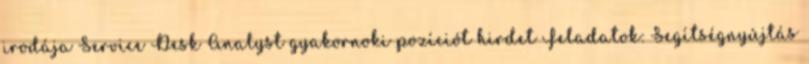
irodája Service Desk Analyst gyakornoki pozíciót hirdet Feladatok: Segítségnyújtás